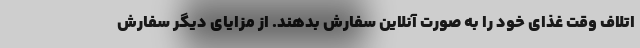
اتلاف وقت غذای خود را به صورت آنلاین سفارش بدهند. از مزایای دیگر سفارش